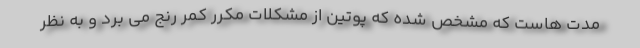
مدت هاست که مشخص شده که پوتین از مشکلات مکرر کمر رنج می برد و به نظر